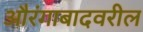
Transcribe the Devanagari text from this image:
औरंगाबादवरील